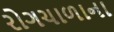
રોગચાળાના